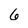
Character: 6